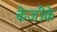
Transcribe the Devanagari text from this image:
केजीके